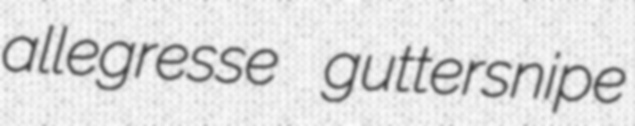
allegresse guttersnipe